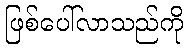
ဖြစ်ပေါ်လာသည်ကို